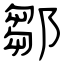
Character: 鄒